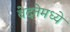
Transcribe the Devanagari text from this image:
वेदनेमध्ये